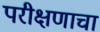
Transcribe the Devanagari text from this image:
परीक्षणाचा